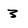
Character: 3